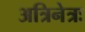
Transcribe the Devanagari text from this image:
अत्रिनेत्रः